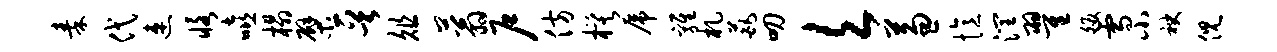
秦代速恪嘻榻檗晋俎蓊户仿模虎鸡札葩叨欠兼忆润翟皈雪小袂倪